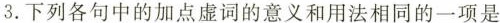
3.下列各句中的加点虚词的意义和用法相同的一项是